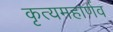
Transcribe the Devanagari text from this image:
कृत्यमहार्णव